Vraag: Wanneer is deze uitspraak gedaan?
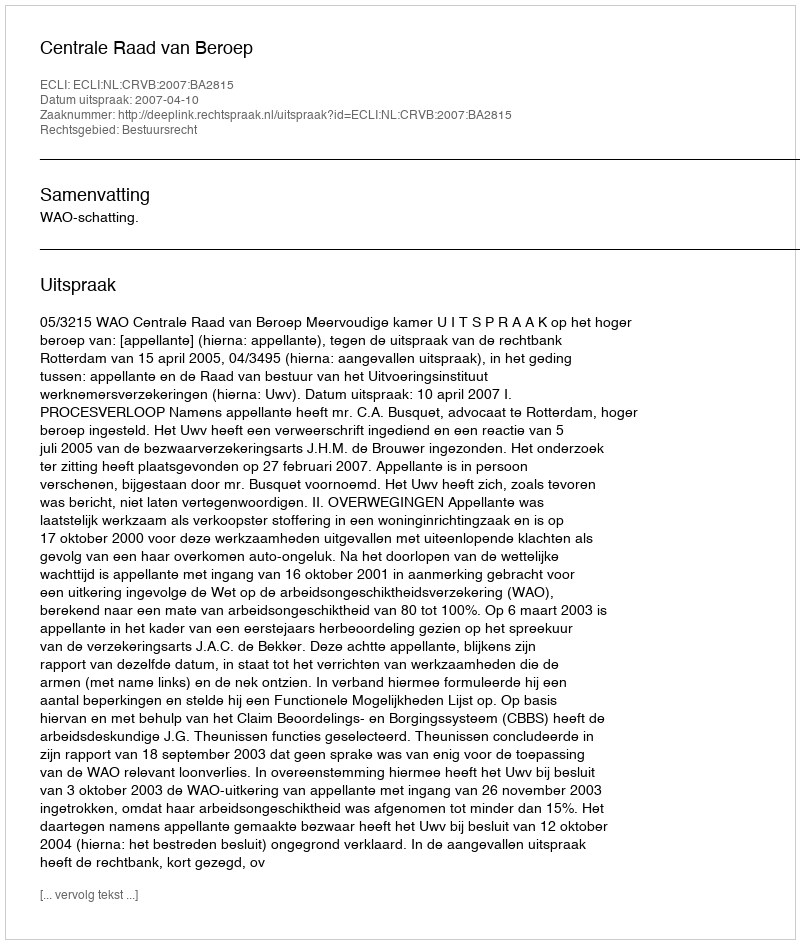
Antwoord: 2007-04-10